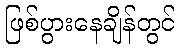
ဖြစ်ပွားနေချိန်တွင်